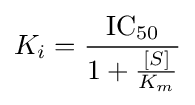
K_{i}={\frac {\mathrm {IC} {\vphantom {A}}_{\smash[{t}]{50}}}{1+{\frac {[S]}{K_{m}}}}}